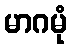
မာဂမုံ